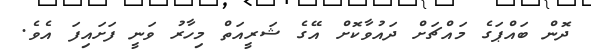
ދޮން ބައްޕަގެ މައްޗަށް ދައުވާކޮށް އޭގެ ޝަރީއަތް މިހާރު ވަނީ ފަށައިފަ އެވެ.